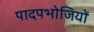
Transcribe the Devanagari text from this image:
पादपभोजियों